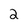
Character: 2